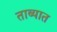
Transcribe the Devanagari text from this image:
ताब्‍यात